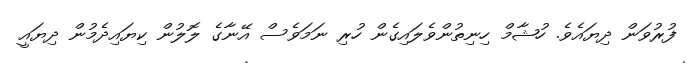
ފުރުވަން ދިޔައެވެ. ހުޝާމް ހިނިތުންވެލައިގެން ހުރި ނަމަވެސް އޭނާގެ ލޮލުން ކިޔައިދެމުން ދިޔައީ